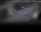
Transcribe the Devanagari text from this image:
केदोष